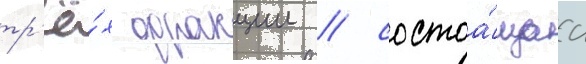
тр'ё́х фракции / состоа́щаа